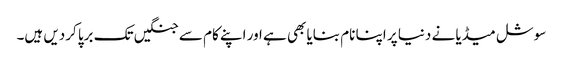
سوشل میڈیا نے دنیا پر اپنا نام بنایا بھی ہے اور اپنے کام سے جنگیں تک برپا کردیں ہیں۔